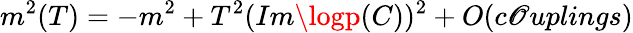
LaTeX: m^{2}(T)=-m^{2}+T^{2}(Im\logp(C))^{2}+O(c\mathscr{O}uplings)